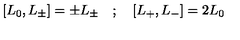
\left[ L _ { 0 } , L _ { \pm } \right] = \pm L _ { \pm } \quad ; \quad \left[ L _ { + } , L _ { - } \right] = 2 L _ { 0 }